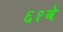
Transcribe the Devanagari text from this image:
६१वे